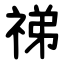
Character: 祶